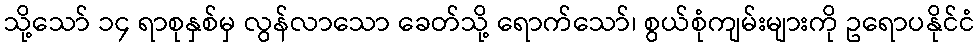
သို့သော် ၁၄ ရာစုနှစ်မှ လွန်လာသော ခေတ်သို့ ရောက်သော်၊ စွယ်စုံကျမ်းများကို ဥရောပနိုင်ငံ